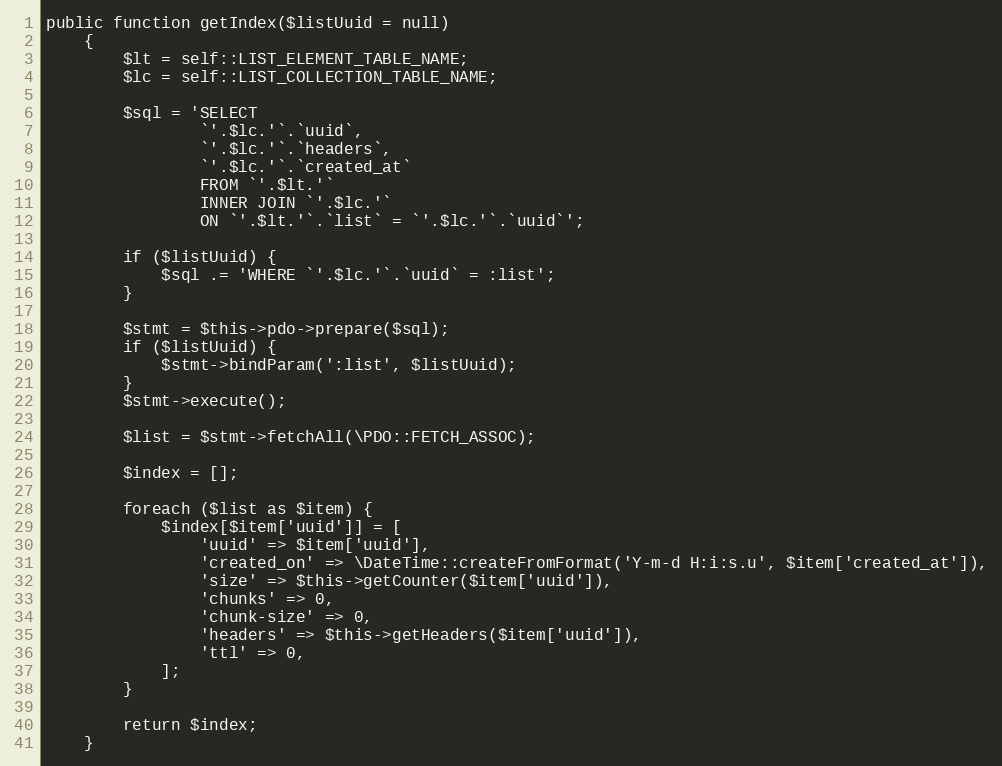
Language: PHP
public function getIndex($listUuid = null)
    {
        $lt = self::LIST_ELEMENT_TABLE_NAME;
        $lc = self::LIST_COLLECTION_TABLE_NAME;

        $sql = 'SELECT
                `'.$lc.'`.`uuid`,
                `'.$lc.'`.`headers`,
                `'.$lc.'`.`created_at`
                FROM `'.$lt.'`
                INNER JOIN `'.$lc.'`
                ON `'.$lt.'`.`list` = `'.$lc.'`.`uuid`';

        if ($listUuid) {
            $sql .= 'WHERE `'.$lc.'`.`uuid` = :list';
        }

        $stmt = $this->pdo->prepare($sql);
        if ($listUuid) {
            $stmt->bindParam(':list', $listUuid);
        }
        $stmt->execute();

        $list = $stmt->fetchAll(\PDO::FETCH_ASSOC);

        $index = [];

        foreach ($list as $item) {
            $index[$item['uuid']] = [
                'uuid' => $item['uuid'],
                'created_on' => \DateTime::createFromFormat('Y-m-d H:i:s.u', $item['created_at']),
                'size' => $this->getCounter($item['uuid']),
                'chunks' => 0,
                'chunk-size' => 0,
                'headers' => $this->getHeaders($item['uuid']),
                'ttl' => 0,
            ];
        }

        return $index;
    }